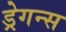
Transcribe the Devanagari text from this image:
ड्रेगन्स